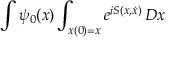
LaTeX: \int \psi _ { 0 } ( x ) \int _ { x ( 0 ) = x } e ^ { i S ( x , { \dot { x } } ) } \, D x